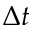
\Delta t